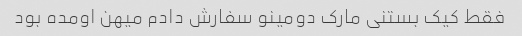
فقط کیک بستنی مارک دومینو سفارش دادم میهن اومده بود